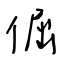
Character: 倔